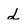
Character: d